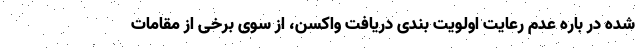
شده در باره عدم رعایت اولویت بندی دریافت واکسن، از سوی برخی از مقامات